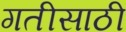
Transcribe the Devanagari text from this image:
गतीसाठी